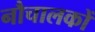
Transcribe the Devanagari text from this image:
नौचालकों